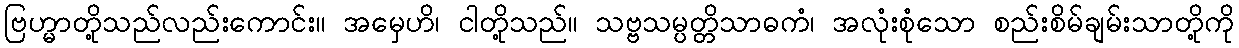
ဗြဟ္မာတို့သည်လည်းကောင်း။ အမှေဟိ၊ ငါတို့သည်။ သဗ္ဗသမ္ပတ္တိသာဓကံ၊ အလုံးစုံသော စည်းစိမ်ချမ်းသာတို့ကို